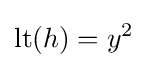
\mathrm {lt} (h)=y^{2}